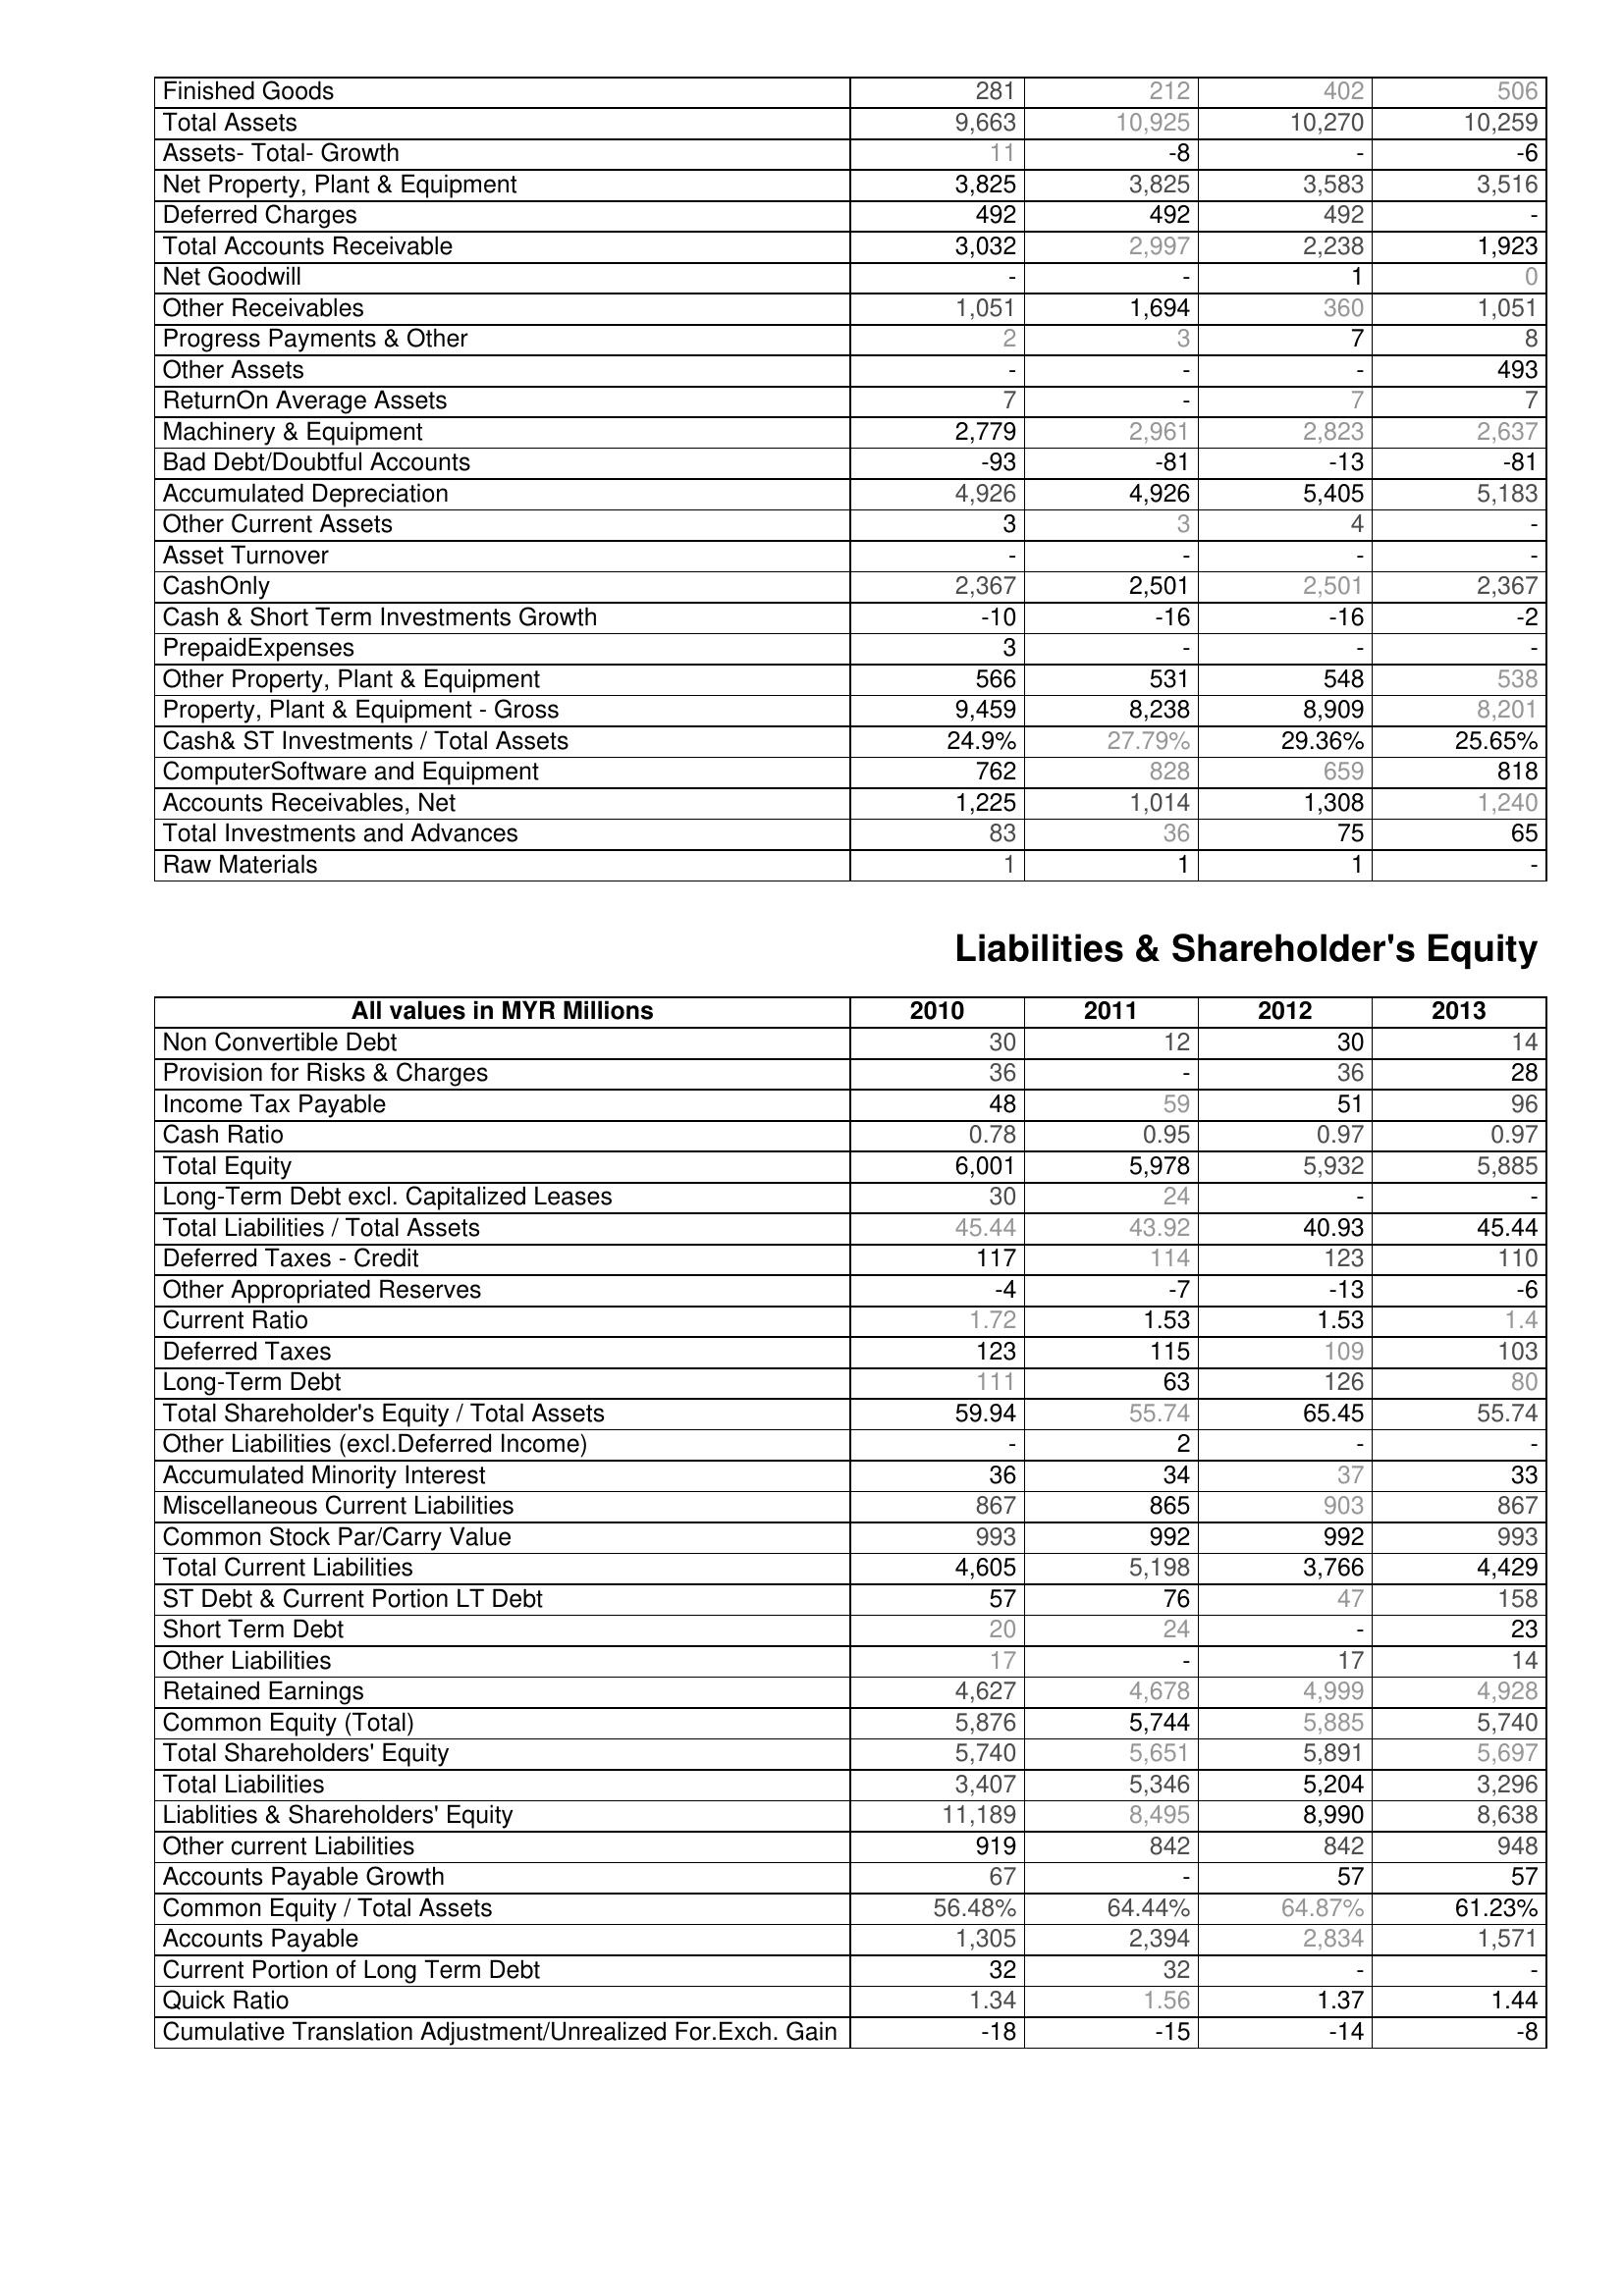
2010: Assets: Finished Goods: 281
Total Assets: 9,663
Assets- Total- Growth: 11
Net Property, Plant & Equipment: 3,825
Deferred Charges: 492
Total Accounts Receivable: 3,032
Net Goodwill: -
Other Receivables: 1,051
Progress Payments & Other: 2
Other Assets: -
ReturnOn Average Assets: 7
Machinery & Equipment: 2,779
Bad Debt/Doubtful Accounts: -93
Accumulated Depreciation: 4,926
Other Current Assets: 3
Asset Turnover: -
CashOnly: 2,367
Cash & Short Term Investments Growth: -10
PrepaidExpenses: 3
Other Property, Plant & Equipment: 566
Property, Plant & Equipment - Gross : 9,459
Cash& ST Investments / Total Assets: 24.9%
ComputerSoftware and Equipment: 762
Accounts Receivables, Net: 1,225
Total Investments and Advances: 83
Raw Materials: 1
Liabilities & Shareholder's Equity: Non Convertible Debt: 30
Provision for Risks & Charges: 36
Income Tax Payable: 48
Cash Ratio: 0.78
Total Equity: 6,001
Long-Term Debt excl. Capitalized Leases: 30
Total Liabilities / Total Assets: 45.44
Deferred Taxes - Credit: 117
Other Appropriated Reserves: -4
Current Ratio: 1.72
Deferred Taxes: 123
Long-Term Debt: 111
Total Shareholder's Equity / Total Assets: 59.94
Other Liabilities (excl.Deferred Income): -
Accumulated Minority Interest: 36
Miscellaneous Current Liabilities: 867
Common Stock Par/Carry Value: 993
Total Current Liabilities: 4,605
ST Debt & Current Portion LT Debt: 57
Short Term Debt: 20
Other Liabilities: 17
Retained Earnings: 4,627
Common Equity (Total): 5,876
Total Shareholders' Equity: 5,740
Total Liabilities: 3,407
Liablities & Shareholders' Equity: 11,189
Other current Liabilities: 919
Accounts Payable Growth: 67
Common Equity / Total Assets: 56.48%
Accounts Payable: 1,305
Current Portion of Long Term Debt: 32
Quick Ratio: 1.34
Cumulative Translation Adjustment/Unrealized For.Exch. Gain: -18
2011: Assets: Finished Goods: 212
Total Assets: 10,925
Assets- Total- Growth: -8
Net Property, Plant & Equipment: 3,825
Deferred Charges: 492
Total Accounts Receivable: 2,997
Net Goodwill: -
Other Receivables: 1,694
Progress Payments & Other: 3
Other Assets: -
ReturnOn Average Assets: -
Machinery & Equipment: 2,961
Bad Debt/Doubtful Accounts: -81
Accumulated Depreciation: 4,926
Other Current Assets: 3
Asset Turnover: -
CashOnly: 2,501
Cash & Short Term Investments Growth: -16
PrepaidExpenses: -
Other Property, Plant & Equipment: 531
Property, Plant & Equipment - Gross : 8,238
Cash& ST Investments / Total Assets: 27.79%
ComputerSoftware and Equipment: 828
Accounts Receivables, Net: 1,014
Total Investments and Advances: 36
Raw Materials: 1
Liabilities & Shareholder's Equity: Non Convertible Debt: 12
Provision for Risks & Charges: -
Income Tax Payable: 59
Cash Ratio: 0.95
Total Equity: 5,978
Long-Term Debt excl. Capitalized Leases: 24
Total Liabilities / Total Assets: 43.92
Deferred Taxes - Credit: 114
Other Appropriated Reserves: -7
Current Ratio: 1.53
Deferred Taxes: 115
Long-Term Debt: 63
Total Shareholder's Equity / Total Assets: 55.74
Other Liabilities (excl.Deferred Income): 2
Accumulated Minority Interest: 34
Miscellaneous Current Liabilities: 865
Common Stock Par/Carry Value: 992
Total Current Liabilities: 5,198
ST Debt & Current Portion LT Debt: 76
Short Term Debt: 24
Other Liabilities: -
Retained Earnings: 4,678
Common Equity (Total): 5,744
Total Shareholders' Equity: 5,651
Total Liabilities: 5,346
Liablities & Shareholders' Equity: 8,495
Other current Liabilities: 842
Accounts Payable Growth: -
Common Equity / Total Assets: 64.44%
Accounts Payable: 2,394
Current Portion of Long Term Debt: 32
Quick Ratio: 1.56
Cumulative Translation Adjustment/Unrealized For.Exch. Gain: -15
2012: Assets: Finished Goods: 402
Total Assets: 10,270
Assets- Total- Growth: -
Net Property, Plant & Equipment: 3,583
Deferred Charges: 492
Total Accounts Receivable: 2,238
Net Goodwill: 1
Other Receivables: 360
Progress Payments & Other: 7
Other Assets: -
ReturnOn Average Assets: 7
Machinery & Equipment: 2,823
Bad Debt/Doubtful Accounts: -13
Accumulated Depreciation: 5,405
Other Current Assets: 4
Asset Turnover: -
CashOnly: 2,501
Cash & Short Term Investments Growth: -16
PrepaidExpenses: -
Other Property, Plant & Equipment: 548
Property, Plant & Equipment - Gross : 8,909
Cash& ST Investments / Total Assets: 29.36%
ComputerSoftware and Equipment: 659
Accounts Receivables, Net: 1,308
Total Investments and Advances: 75
Raw Materials: 1
Liabilities & Shareholder's Equity: Non Convertible Debt: 30
Provision for Risks & Charges: 36
Income Tax Payable: 51
Cash Ratio: 0.97
Total Equity: 5,932
Long-Term Debt excl. Capitalized Leases: -
Total Liabilities / Total Assets: 40.93
Deferred Taxes - Credit: 123
Other Appropriated Reserves: -13
Current Ratio: 1.53
Deferred Taxes: 109
Long-Term Debt: 126
Total Shareholder's Equity / Total Assets: 65.45
Other Liabilities (excl.Deferred Income): -
Accumulated Minority Interest: 37
Miscellaneous Current Liabilities: 903
Common Stock Par/Carry Value: 992
Total Current Liabilities: 3,766
ST Debt & Current Portion LT Debt: 47
Short Term Debt: -
Other Liabilities: 17
Retained Earnings: 4,999
Common Equity (Total): 5,885
Total Shareholders' Equity: 5,891
Total Liabilities: 5,204
Liablities & Shareholders' Equity: 8,990
Other current Liabilities: 842
Accounts Payable Growth: 57
Common Equity / Total Assets: 64.87%
Accounts Payable: 2,834
Current Portion of Long Term Debt: -
Quick Ratio: 1.37
Cumulative Translation Adjustment/Unrealized For.Exch. Gain: -14
2013: Assets: Finished Goods: 506
Total Assets: 10,259
Assets- Total- Growth: -6
Net Property, Plant & Equipment: 3,516
Deferred Charges: -
Total Accounts Receivable: 1,923
Net Goodwill: 0
Other Receivables: 1,051
Progress Payments & Other: 8
Other Assets: 493
ReturnOn Average Assets: 7
Machinery & Equipment: 2,637
Bad Debt/Doubtful Accounts: -81
Accumulated Depreciation: 5,183
Other Current Assets: -
Asset Turnover: -
CashOnly: 2,367
Cash & Short Term Investments Growth: -2
PrepaidExpenses: -
Other Property, Plant & Equipment: 538
Property, Plant & Equipment - Gross : 8,201
Cash& ST Investments / Total Assets: 25.65%
ComputerSoftware and Equipment: 818
Accounts Receivables, Net: 1,240
Total Investments and Advances: 65
Raw Materials: -
Liabilities & Shareholder's Equity: Non Convertible Debt: 14
Provision for Risks & Charges: 28
Income Tax Payable: 96
Cash Ratio: 0.97
Total Equity: 5,885
Long-Term Debt excl. Capitalized Leases: -
Total Liabilities / Total Assets: 45.44
Deferred Taxes - Credit: 110
Other Appropriated Reserves: -6
Current Ratio: 1.4
Deferred Taxes: 103
Long-Term Debt: 80
Total Shareholder's Equity / Total Assets: 55.74
Other Liabilities (excl.Deferred Income): -
Accumulated Minority Interest: 33
Miscellaneous Current Liabilities: 867
Common Stock Par/Carry Value: 993
Total Current Liabilities: 4,429
ST Debt & Current Portion LT Debt: 158
Short Term Debt: 23
Other Liabilities: 14
Retained Earnings: 4,928
Common Equity (Total): 5,740
Total Shareholders' Equity: 5,697
Total Liabilities: 3,296
Liablities & Shareholders' Equity: 8,638
Other current Liabilities: 948
Accounts Payable Growth: 57
Common Equity / Total Assets: 61.23%
Accounts Payable: 1,571
Current Portion of Long Term Debt: -
Quick Ratio: 1.44
Cumulative Translation Adjustment/Unrealized For.Exch. Gain: -8